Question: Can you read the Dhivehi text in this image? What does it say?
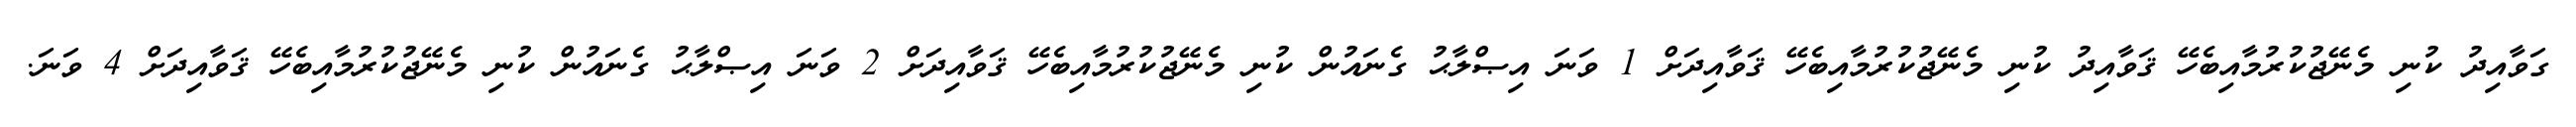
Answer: ގަވާއިދު ކުނި މެނޭޖުކުރުމާއިބެހޭ ޤަވާއިދު ކުނި މެނޭޖުކުރުމާއިބެހޭ ޤަވާއިދަށް 1 ވަނަ އިޞްލާޙު ގެނައުން ކުނި މެނޭޖުކުރުމާއިބެހޭ ޤަވާއިދަށް 2 ވަނަ އިޞްލާޙު ގެނައުން ކުނި މެނޭޖުކުރުމާއިބެހޭ ޤަވާއިދަށް 4 ވަނަ.